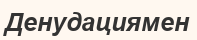
Денудациямен